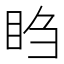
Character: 𬑍